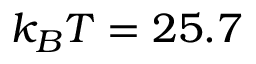
k _ { B } T = 2 5 . 7